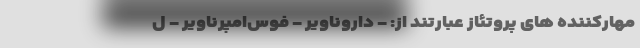
مهارکننده های پروتئاز عبارتند از: - داروناویر - فوس‌امپرناویر - ل